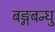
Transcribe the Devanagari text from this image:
बङ्गबन्धु